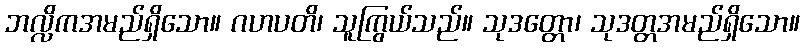
ဘလ္လိကအမည်ရှိသော။ ဂဟပတိ၊ သူကြွယ်သည်။ သုဒတ္တော၊ သုဒတ္တအမည်ရှိသော။